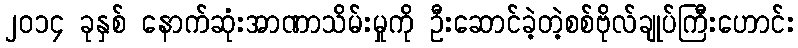
၂၀၁၄ ခုနှစ် နောက်ဆုံးအာဏာသိမ်းမှုကို ဦးဆောင်ခဲ့တဲ့စစ်ဗိုလ်ချုပ်ကြီးဟောင်း